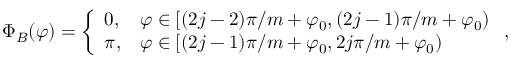
\Phi _ { B } ( \varphi ) = \left\{ \begin{array} { l l } { 0 , } & { \varphi \in [ ( 2 j - 2 ) \pi / m + \varphi _ { 0 } , ( 2 j - 1 ) \pi / m + \varphi _ { 0 } ) } \\ { \pi , } & { \varphi \in [ ( 2 j - 1 ) \pi / m + \varphi _ { 0 } , 2 j \pi / m + \varphi _ { 0 } ) } \end{array} \right. ,